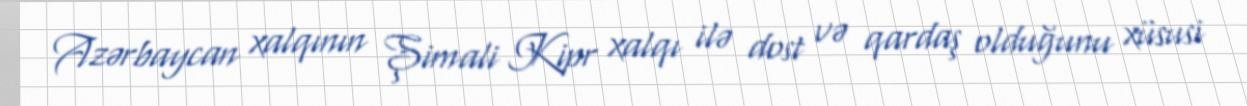
Azərbaycan xalqının Şimali Kipr xalqı ilə dost və qardaş olduğunu xüsusi